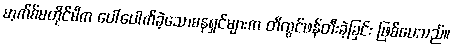
မာ့က်စ်မတိုင်မီက ပေါ်ပေါက်ခဲ့သောဓနရှင်များက တီထွင်ဖန်တီးခဲ့ခြင်း ဖြစ်ပေသည်။